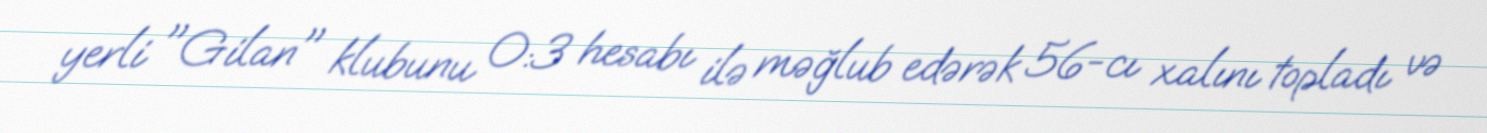
yerli "Gilan" klubunu 0:3 hesabı ilə məğlub edərək 56-cı xalını topladı və